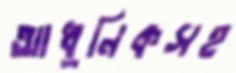
আধুনিকসহ